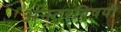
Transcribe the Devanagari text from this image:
अनतरविषयी